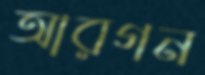
আরগন